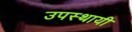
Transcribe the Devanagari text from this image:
उपस्थायी